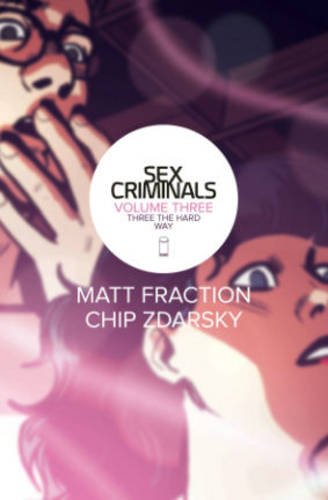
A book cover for Sex Criminals Volume 3: Three the Hard Way (Sex Criminals Tp); Matt Fraction; Comics & Graphic Novels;